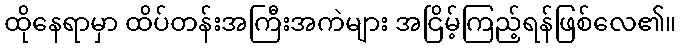
ထိုနေရာမှာ ထိပ်တန်းအကြီးအကဲများ အငြိမ့်ကြည့်ရန်ဖြစ်လေ၏။